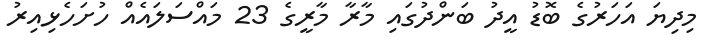
މިދިޔަ އަހަރުގެ ބޮޑު އީދު ބަންދުގައި މާރާ މާރީގެ 23 މައްސަލައެއް ހުށަހެޅިއިރު